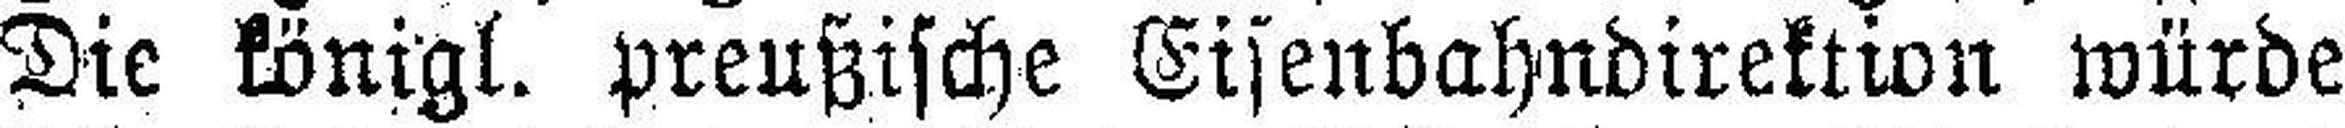
Die königl. preußische Eisenbahndirektion würde